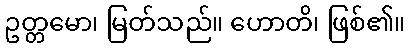
ဥတ္တမော၊ မြတ်သည်။ ဟောတိ၊ ဖြစ်၏။